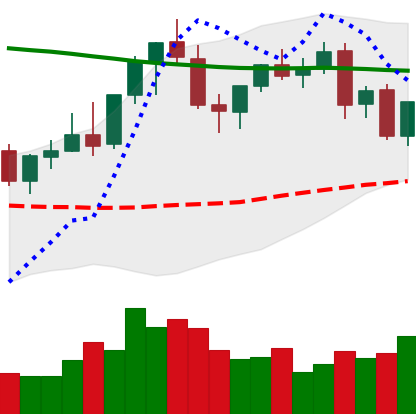
Ticker: EOS-USD
Chart end date: 2021-08-27
Forward return: 4.411%
Label: up_3_5